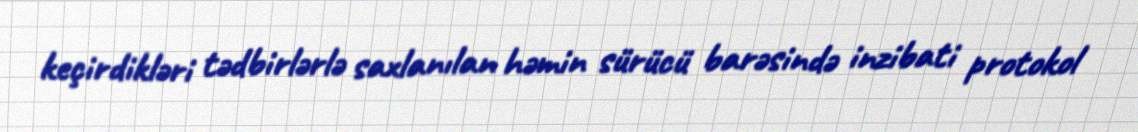
keçirdikləri tədbirlərlə saxlanılan həmin sürücü barəsində inzibati protokol